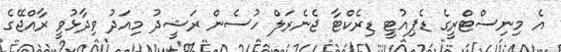
އެ މިނިސްޓްރީގެ ޑެޕިއުޓީ ޑިރެކްޓާ ޖެނެރަލް ހުސެން ރަޝީދު މިއަދު ވިދާޅުވީ ރާއްޖޭގެ